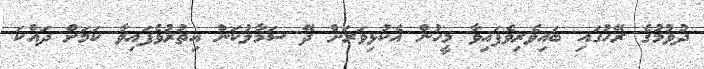
ދުވުމުގެ ރޭހުގައި ބައިވެރިވެފައިވާ މީހުން އެކުޅިވަރަށް ދޭ ސަމާލުކަން އިތުރުވެފައިވާ ކަމަށް ދައްކަ